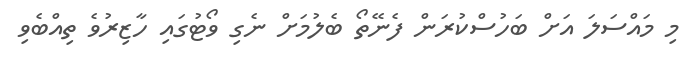
މި މައްސަލަ އަށް ބަހުސްކުރަން ފެނޭތޯ ބެލުމަށް ނެގި ވޯޓުގައި ހާޒިރުވެ ތިއްބެވި